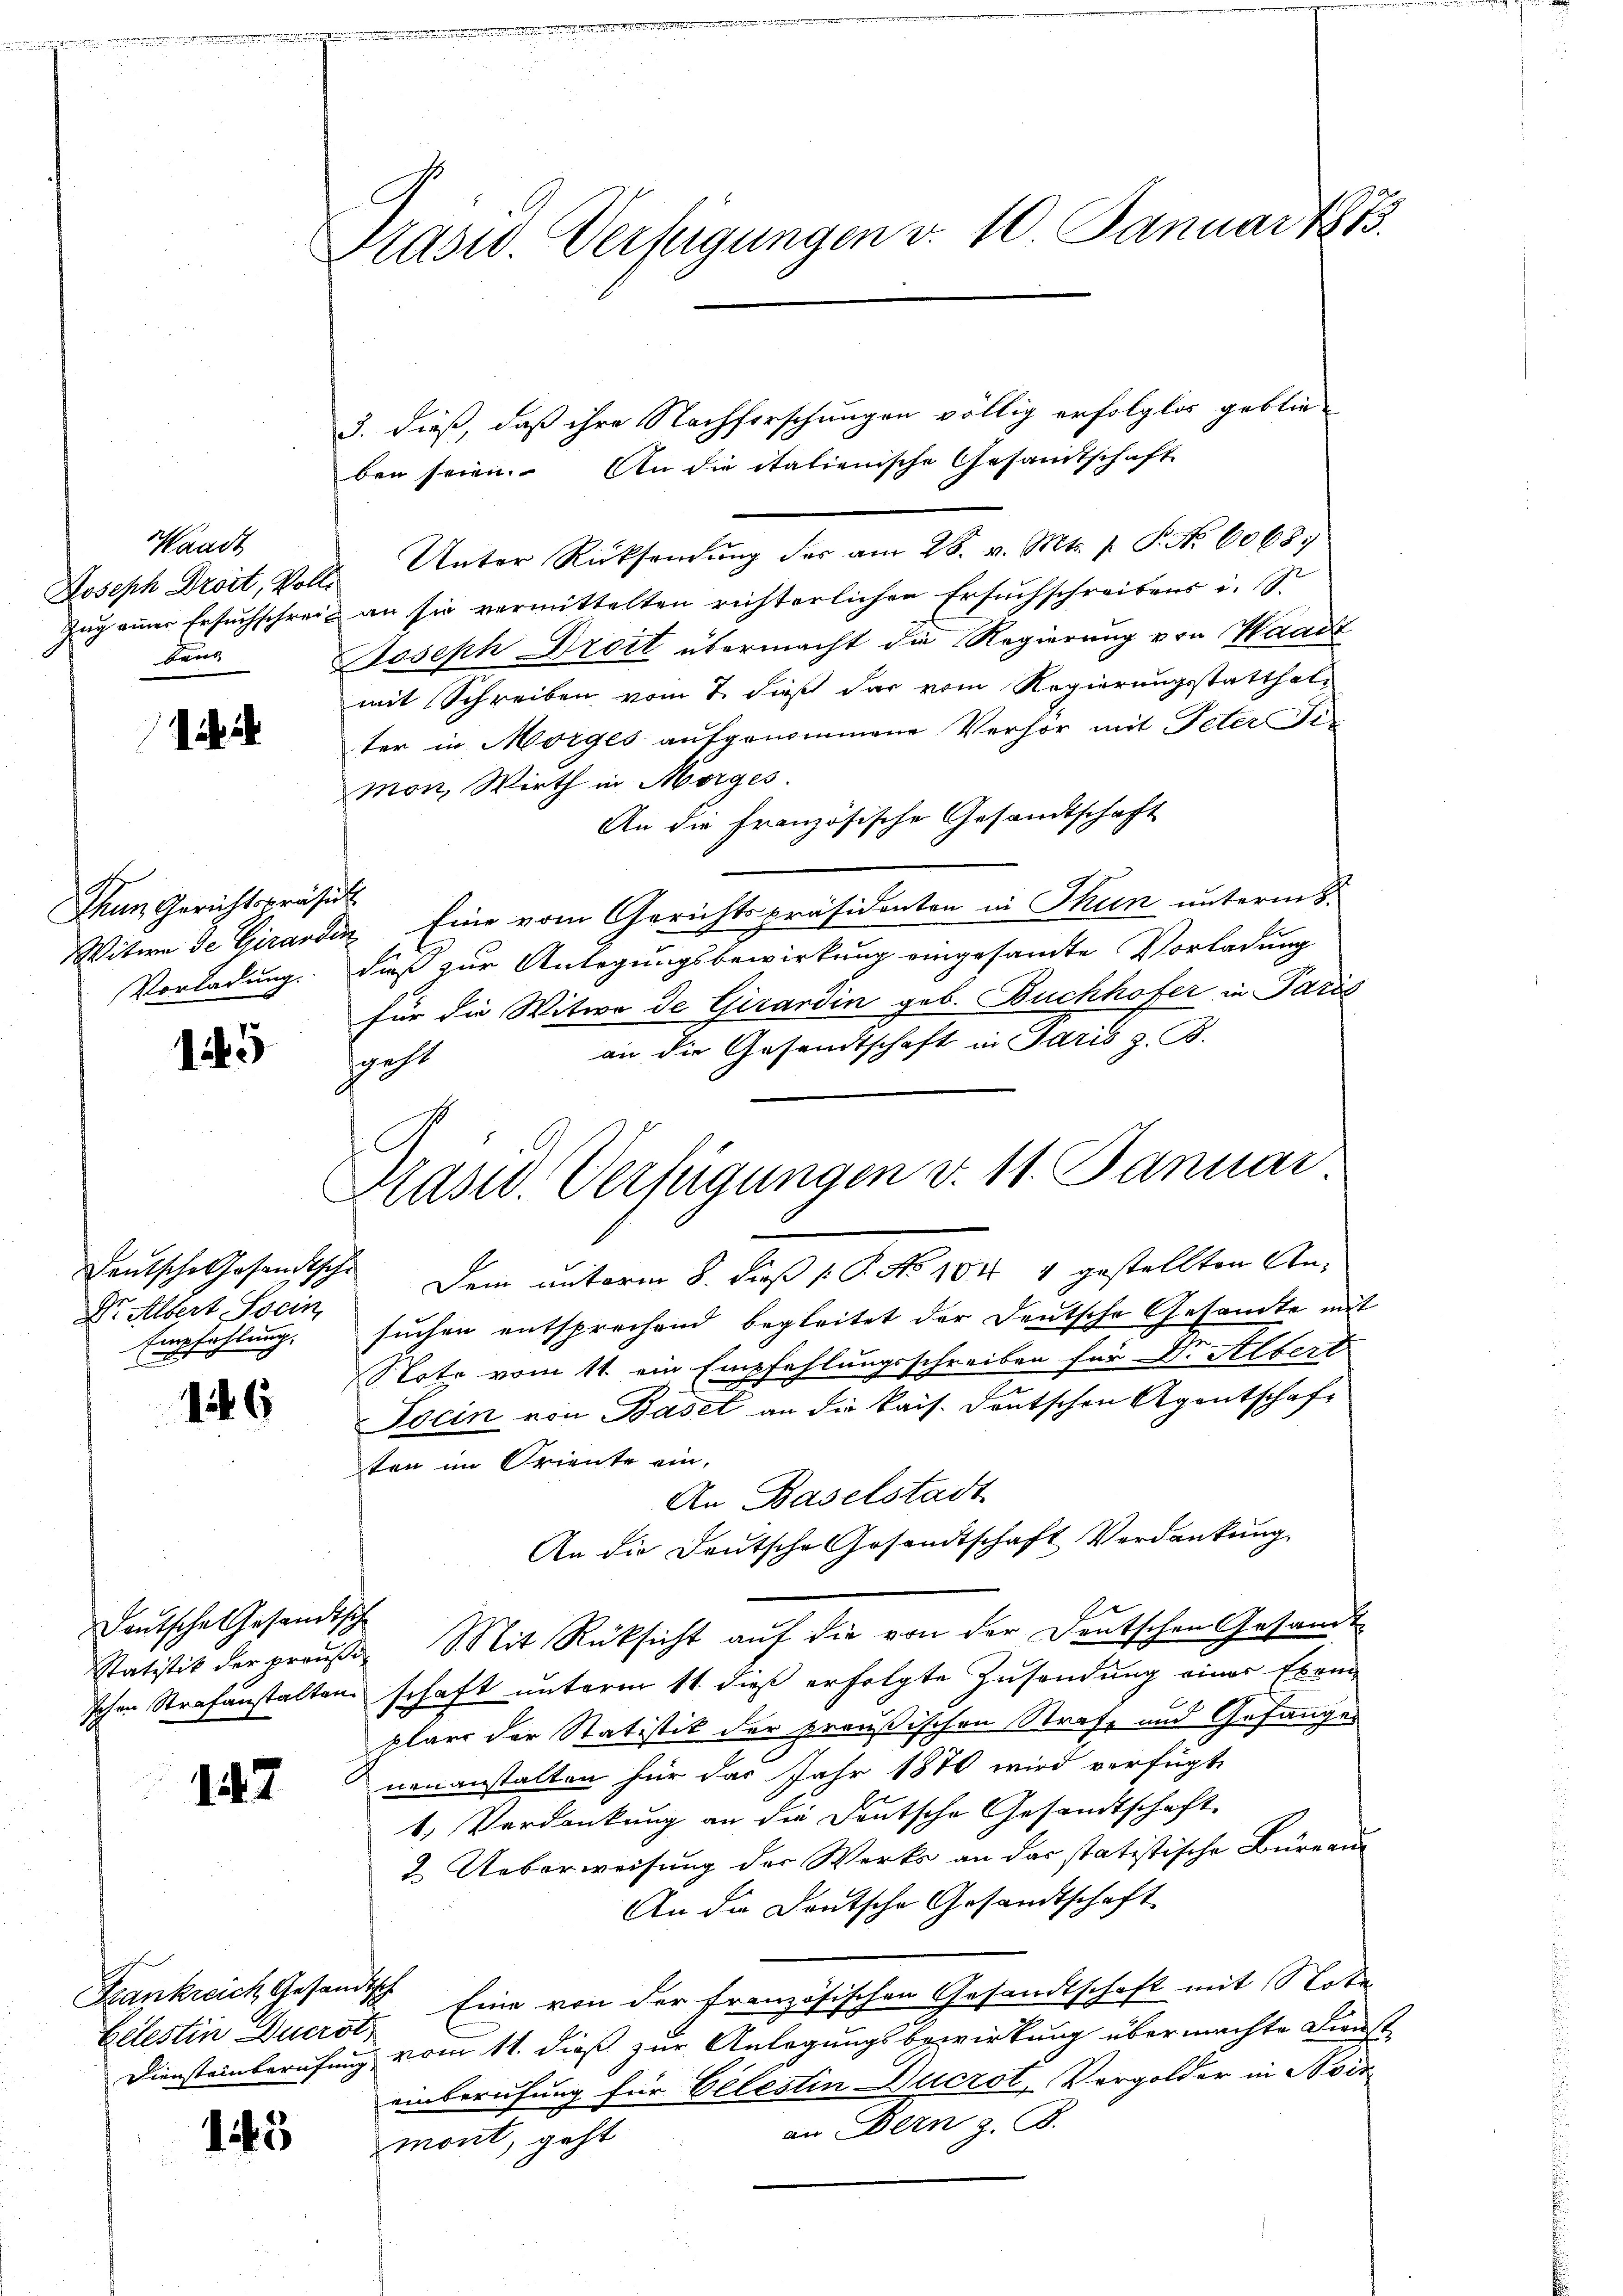
Waadt
Joseph Droit, Voll
kans

Than Gerichtspräsid
Vorladung.

15

Deutsche Gesandtsche
Dr. Albert Socin
Empfahlung.

146

Deutsches Gesandtsch

142

Celestin Durst,

145

Prasw. Verfügungen v. 10. Januar 1873.

3. dieß, daß ihre Nachforschungen völlig erfolglos geblieben seien. An die italienische Gesandtschaft
Unter Rücksendŭng der am 28. v. Mts. 1. P. Nr. 6068;
.
Zug einer Ersuchschreit an sie vermittelten richterlichen Ersuchschreibens i. S.
Joseph Droit übermacht die Regierung von Waadt
mit Schreiben vom 7. dieß dar vom Regierungsstatthalter in Morges aufgenommene Verhör mit Peter Fimon, Wirth in Morges.
An die französische Gesandtschaft
Witwe de Girardin Eine vom Gerichtspräsidenten in Thun unterm 8.
dieß zur Anlegungsbewirkung eingesandte Vorladung
für die Witwe de Girardin geb. Buchhofer in Paris
an die Gesandtschaft in Paris z. B.
gast
Dem unterm 8. dieß P. No 104 1 gestellten Ansuchen entsprechend begleitet der Deutsche Gesamte mit
Note vom 11. ein Empfehlungsschreiben für Dr. Albert
.
Tocin von Basel an die kais. Deutschen Agentschaft
ten im Oriente ein,
An Baselstadt
An die Deutsche Gesandtschaft Verdankung
Statistik der praŭβer Mit Rücksicht aŭf die von der Deutschen Gesandt
schen Strafanstalten schaft unterm 11. dieß erfolgte Zusendung einer Exemplare der Statistik der preußischen Strafe und Gefanges
nenanstalten für das Jahr 1870 wird verfügt,
1. Verdankung an die Deutsche Gesandtschaft
2. Ueberweisung der Werks an das statistische Büreaus
An die Deutsche Gesandtschaft
Frankreich Gesandtsch Eine von der Französischen Gesandtschaft mit Note
Diensteinberufung vom 11. dieß zur Anlegungsbewirkung übermachte Dienst
einberufung für Belestin Ducrot, Vergolder in Bir
an Bern z. B.
mont, geht

Kasw. Verfügungen v. 11. Januar